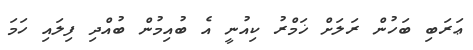
ޢަރަބި ބަހުން ރަލަށް ޚަމްރު ކިއުނީ އެ ބުއިމުން ބުއްދި ފިލައި ހަމަ